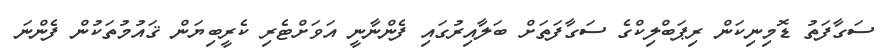
ސަގާފަތު ޑޮމިނިކަން ރިޕަބްލިކްގެ ސަގާފަތަށް ބަލާއިރުގައި ފެންނާނީ އަވަށްޓެރި ކެރީބިޔަން ޤައުމުތަކުން ފެންނަ